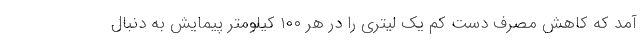
آمد که کاهش مصرف دست کم یک لیتری را در هر ۱۰۰ کیلومتر پیمایش به دنبال